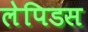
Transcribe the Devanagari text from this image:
लेपिडस